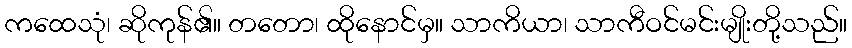
ကထေသုံ၊ ဆိုကုန်၏။ တတော၊ ထိုနောင်မှ။ သာကိယာ၊ သာကီဝင်မင်းမျိုးတို့သည်။